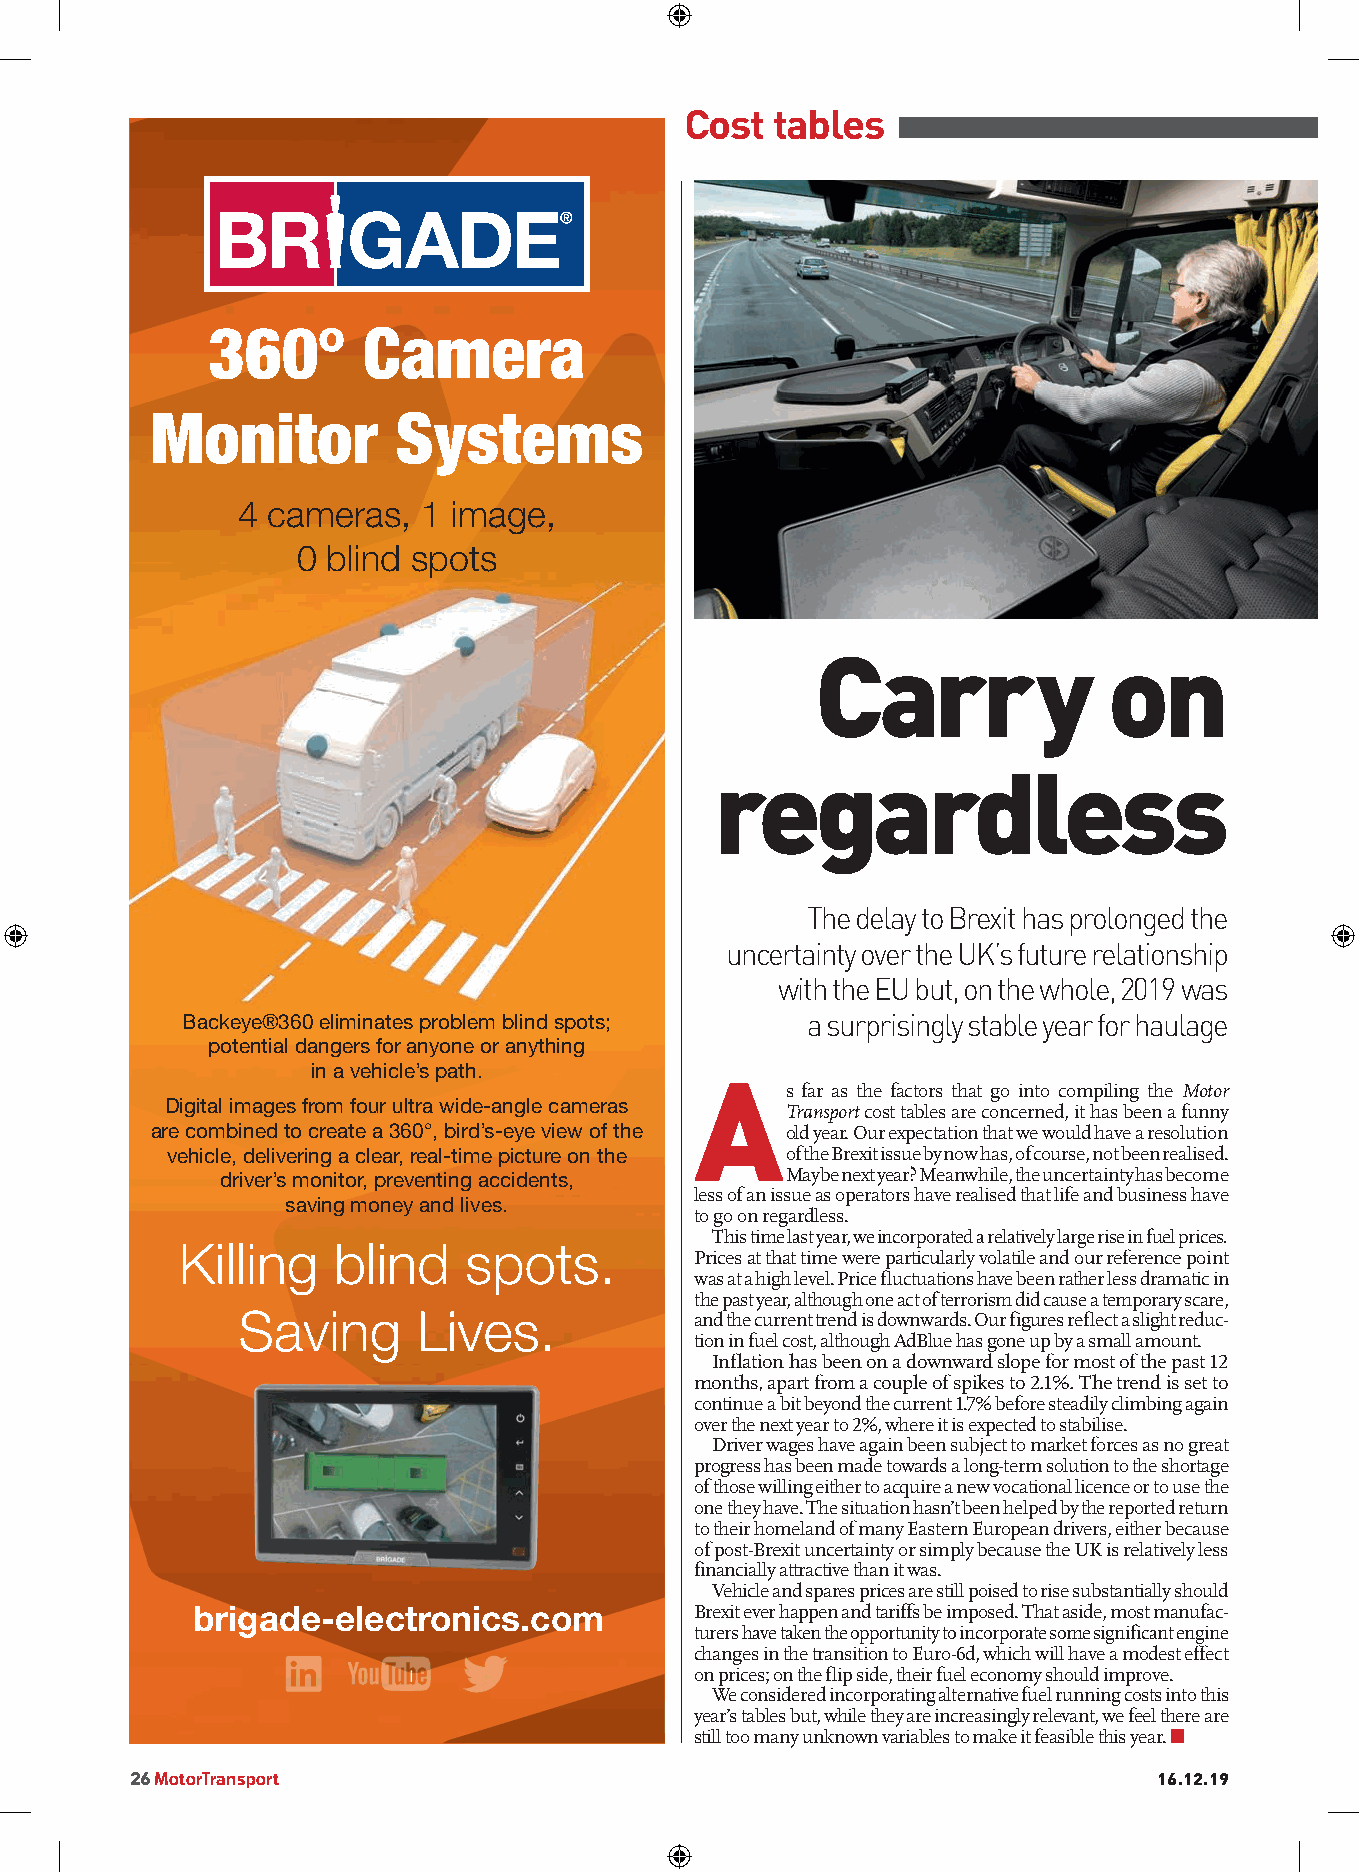
Cost  tables
 motortransport.co.uk
 360º      Camera
 Monitor         Systems
 4 cameras,  1 image,
 0 blind spots
 Carry              on
 regardless
 The delay to Brexit has prolonged the
 uncertainty over the UK’s future relationship
 with the EU but, on the whole, 2019 was
 Backeye®360 eliminates problem blind spots; a surprisingly stable year for haulage
 potential dangers for anyone or anything
 in a vehicle’s path.
 A
 s far as the factors that go into compiling the Motor
 Digital images from four ultra wide-angle cameras
 Transport cost tables are concerned, it has been a funny
 are combined to create a 360°, bird’s-eye view of the old year. Our expectation that we would have a resolution
 vehicle, delivering a clear, real-time picture on the of the Brexit issue by now has, of course, not been realised.
 driver’s monitor, preventing accidents, Maybe next year? Meanwhile, the uncertainty has become
 less of an issue as operators have realised that life and business have
 saving money and lives.
 to go on regardless.
 This time last year, we incorporated a relatively large rise in fuel prices.
 Killing   blind    spots.
 Prices at that time were particularly volatile and our reference point
 was at a high level. Price fluctuations have been rather less dramatic in
 the past year, although one act of terrorism did cause a temporary scare,
 Saving      Lives.            and the current trend is downwards. Our figures reflect a slight reduc-
 tion in fuel cost, although AdBlue has gone up by a small amount.
 Inflation has been on a downward slope for most of the past 12
 months, apart from a couple of spikes to 2.1%. The trend is set to
 continue a bit beyond the current 1.7% before steadily climbing again
 over the next year to 2%, where it is expected to stabilise.
 Driver wages have again been subject to market forces as no great
 progress has been made towards a long-term solution to the shortage
 of those willing either to acquire a new vocational licence or to use the
 one they have. The situation hasn’t been helped by the reported return
 to their homeland of many Eastern European drivers, either because
 of post-Brexit uncertainty or simply because the UK is relatively less
 financially attractive than it was.
 Vehicle and spares prices are still poised to rise substantially should
 brigade-electronics.com          Brexit ever happen and tariffs be imposed. That aside, most manufac-
 turers have taken the opportunity to incorporate some significant engine
 changes in the transition to Euro-6d, which will have a modest effect
 on prices; on the flip side, their fuel economy should improve.
 We considered incorporating alternative fuel running costs into this
 year’s tables but, while they are increasingly relevant, we feel there are
 still too many unknown variables to make it feasible this year. n
 26 MotorTransport                                                   16.12.19